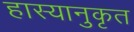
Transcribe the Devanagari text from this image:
हास्यानुकृत